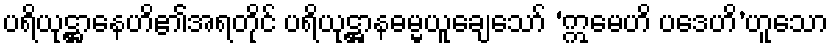
ပရိယုဋ္ဌာနေဟိ၏အရတိုင် ပရိယုဋ္ဌာနဓမ္မယူချေသော် ‘ဣမေဟိ ပဒေဟိ’ဟူသော